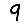
Digit: 9